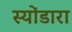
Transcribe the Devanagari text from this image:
स्योंडारा